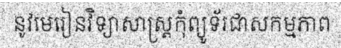
នូវមេរៀនវិទ្យាសាស្ត្រកុំព្យូទ័រជាសកម្មភាព